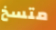
متسخ